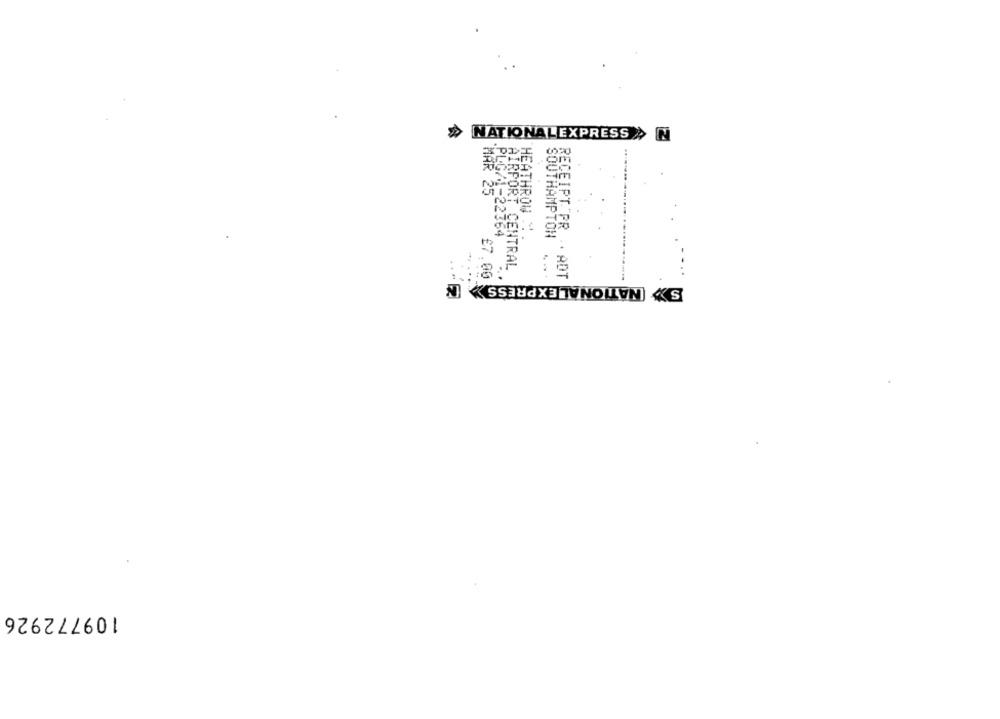
> NATIONALEXPRESS N
MAR 25
HEATHROW
LG/1-2276
SOUTHAMPTON
AIRPORT CENTRAL
RECEIPT PR . . ADT
£7.00
S> NATIONAL EXPRESS > [
109772926